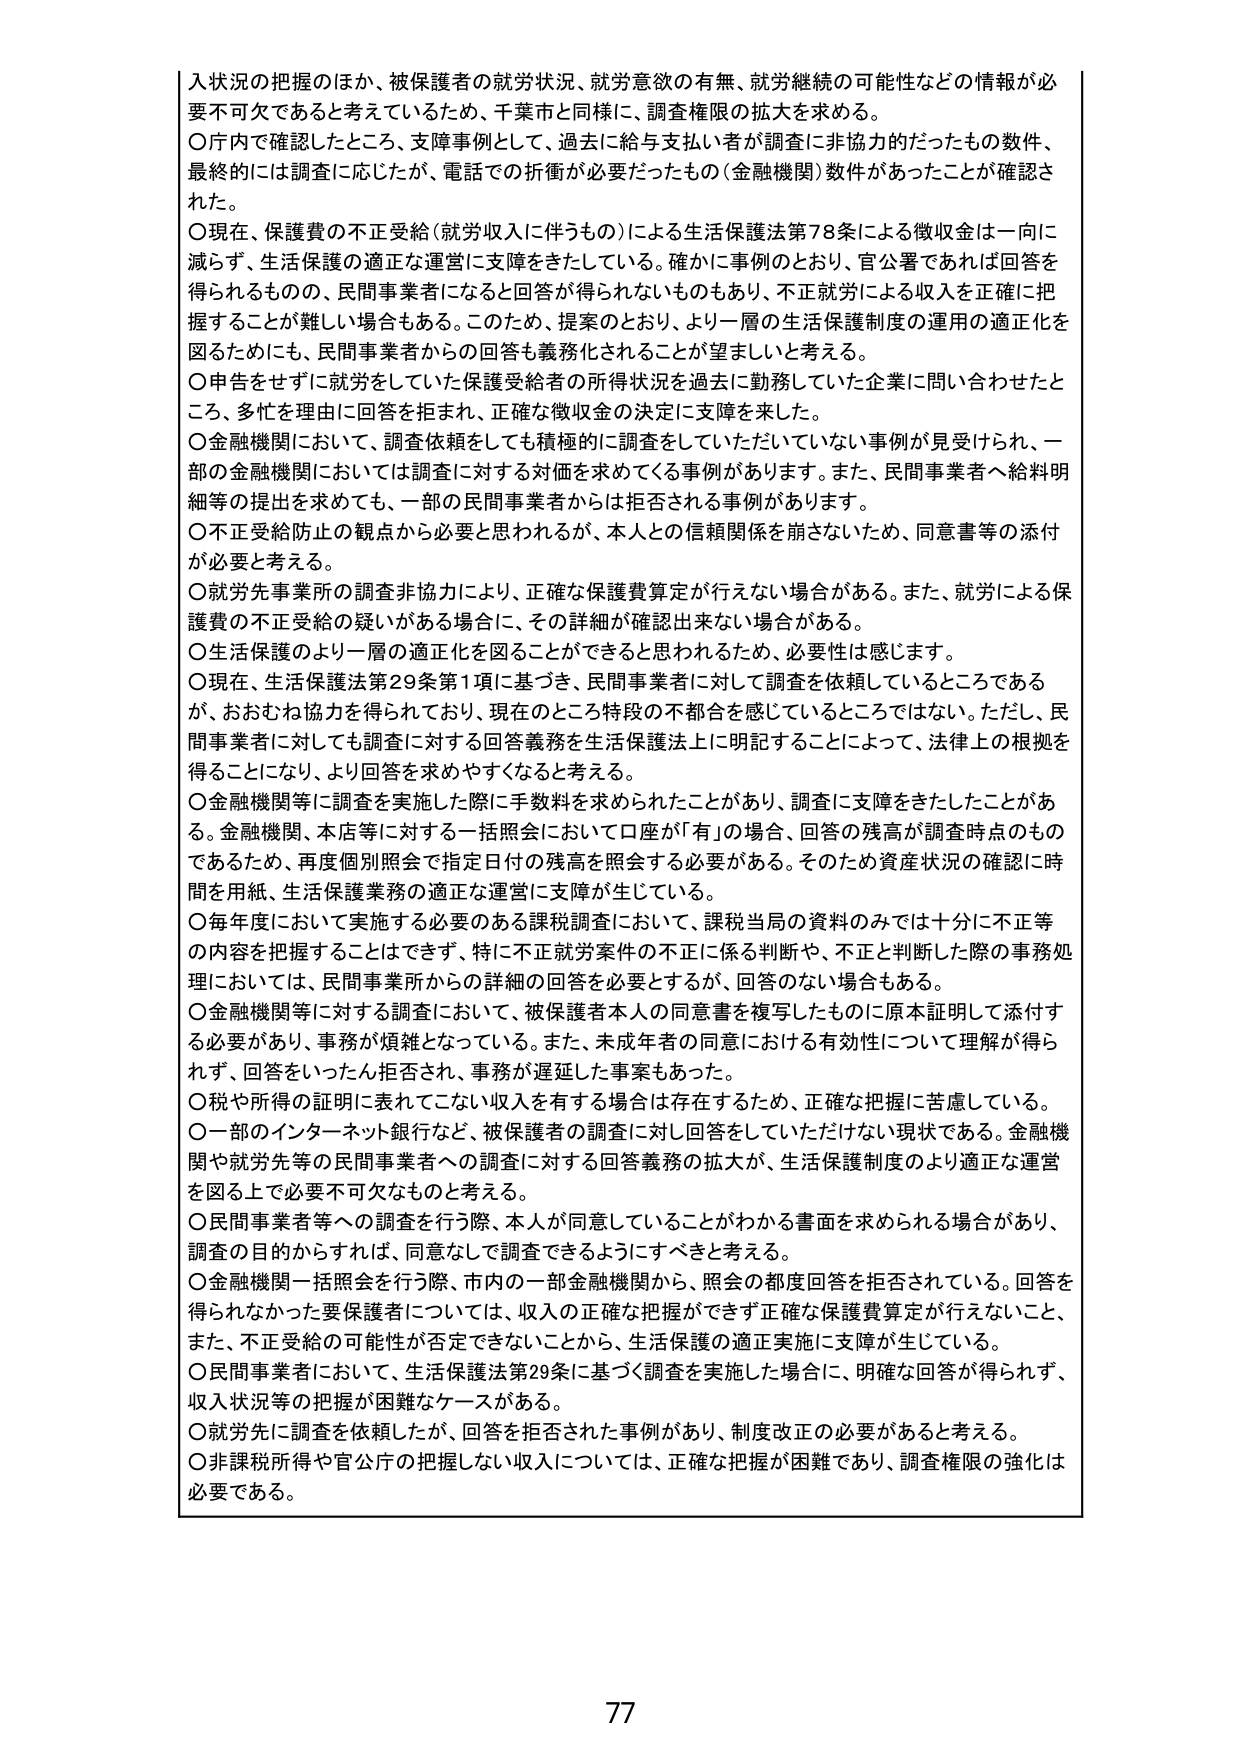
入状況の把握のほか、被保護者の就労状況、就労意欲の有無、就労継続の可能性などの情報が必要不可欠であると考えているため、千葉市と同様に、調査権限の拡大を求める。

○庁内で確認したところ、支障事例として、過去に給与支払い者が調査に非協力だったもの数件、最終的には調査に応じたが、電話での折衝が必要だったもの（金融機関）数件があったことが確認された。

○現在、保護費の不正受給（就労収入に伴うもの）による生活保護法第78条による徴収金は一向に減らず、生活保護の適正な運営に支障をきたしている。確かに事例のとおり、官公署であれば回答を得られるものの、民間事業者になると回答が得られないものもあり、不正就労による収入を正確に把握することが難しい場合もある。このため、提案のとおり、より一層の生活保護制度の運用の適正化を図るためにも、民間事業者からの回答も義務化されることが望ましいと考える。

○申告をせずに就労していた保護受給者の所得状況を過去に勤務していた企業に問い合わせたところ、多忙を理由に回答を拒まれ、正確な徴収金の決定に支障を来した。

○金融機関において、調査依頼しても積極的に調査をしていただけない事例が見受けられ、一部の金融機関においては調査に対する対価を求めてくる事例があります。また、民間事業者へ給料明細等の提出を求めても、一部の民間事業者からは拒否される事例があります。

○不正受給防止の観点から必要と思われるが、本人との信頼関係を崩さないため、同意書等の添付が必要と考える。

○就労先事業所の調査非協力により、正確な保護費算定が行えない場合がある。また、就労による保護費の不正受給の疑いがある場合に、その詳細が確認出来ない場合がある。

○生活保護のより一層の適正化を図ることができると思われるため、必要性は感じます。

○現在、生活保護法第29条第1項に基づき、民間事業者に対して調査を依頼しているところであるが、おおむね協力を得られており、現在のところ特段の不都合を感じているところではない。ただし、民間事業者に対しても調査に対する回答義務を生活保護法上に明記することによって、法律上の根拠を得ることになり、より回答を求めやすくなると考える。

○金融機関等に調査を実施した際に手数料を求められたことがあり、調査に支障をきたしたことがある。金融機関、本店等に対する一括照会において口座が「有」の場合、回答の残高が調査時点のものであるため、再度個別照会で指定日付の残高を照会する必要がある。そのため資産状況の確認に時間を用紙、生活保護業務の適正な運営に支障が生じている。

○毎年度において実施する必要のある課税調査において、課税当局の資料のみでは十分に不正等の内容を把握することはできず、特に不正就労案件の不正に係る判断や、不正と判断した際の事務処理においては、民間事業所からの詳細の回答を必要とするが、回答のない場合もある。

○金融機関等に対する調査において、被保護者本人の同意書を複写したものに原本証明して添付する必要があり、事務が煩雑となっている。また、未成年者の同意における有効性について理解が得られず、回答をいったん拒否され、事務が遅延した事案もあった。

○税や所得の証明に表れてこない収入を有する場合は存在するため、正確な把握に苦慮している。

○一部のインターネット銀行など、被保護者の調査に対し回答をしていただけない現状である。金融機関や就労先等の民間事業者への調査に対する回答義務の拡大が、生活保護制度のより適正な運営を図る上で必要不可欠なものと考える。

○民間事業者等への調査を行う際、本人が同意していることがわかる書面を求められる場合があり、調査の目的からすれば、同意なしで調査できるようにすべきと考える。

○金融機関一括照会を行う際、市内の一部金融機関から、照会の都度回答を拒否されている。回答を得られなかった要保護者については、収入の正確な把握ができず正確な保護費算定が行えないこと、また、不正受給の可能性が否定できないことから、生活保護の適正実施に支障が生じている。

○民間事業者において、生活保護法第29条に基づく調査を実施した場合に、明確な回答が得られず、収入状況等の把握が困難なケースがある。

○就労先に調査を依頼したが、回答を拒否された事例があり、制度改正の必要があると考える。

○非課税所得や官公庁の把握しない収入については、正確な把握が困難であり、調査権限の強化は必要である。

77